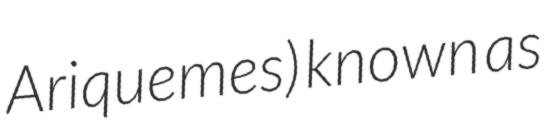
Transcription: Ariquemes) known as